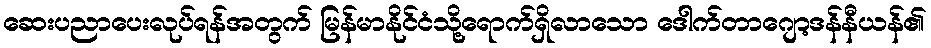
ဆေးပညာပေးလုပ်ရန်အတွက် မြန်မာနိုင်ငံသို့ရောက်ရှိလာသော ဒေါက်တာဂျော့ဒန်နီယန်၏